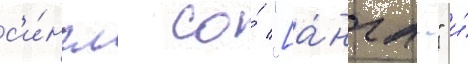
с'и́нгл со́ "[а́нгл." и́